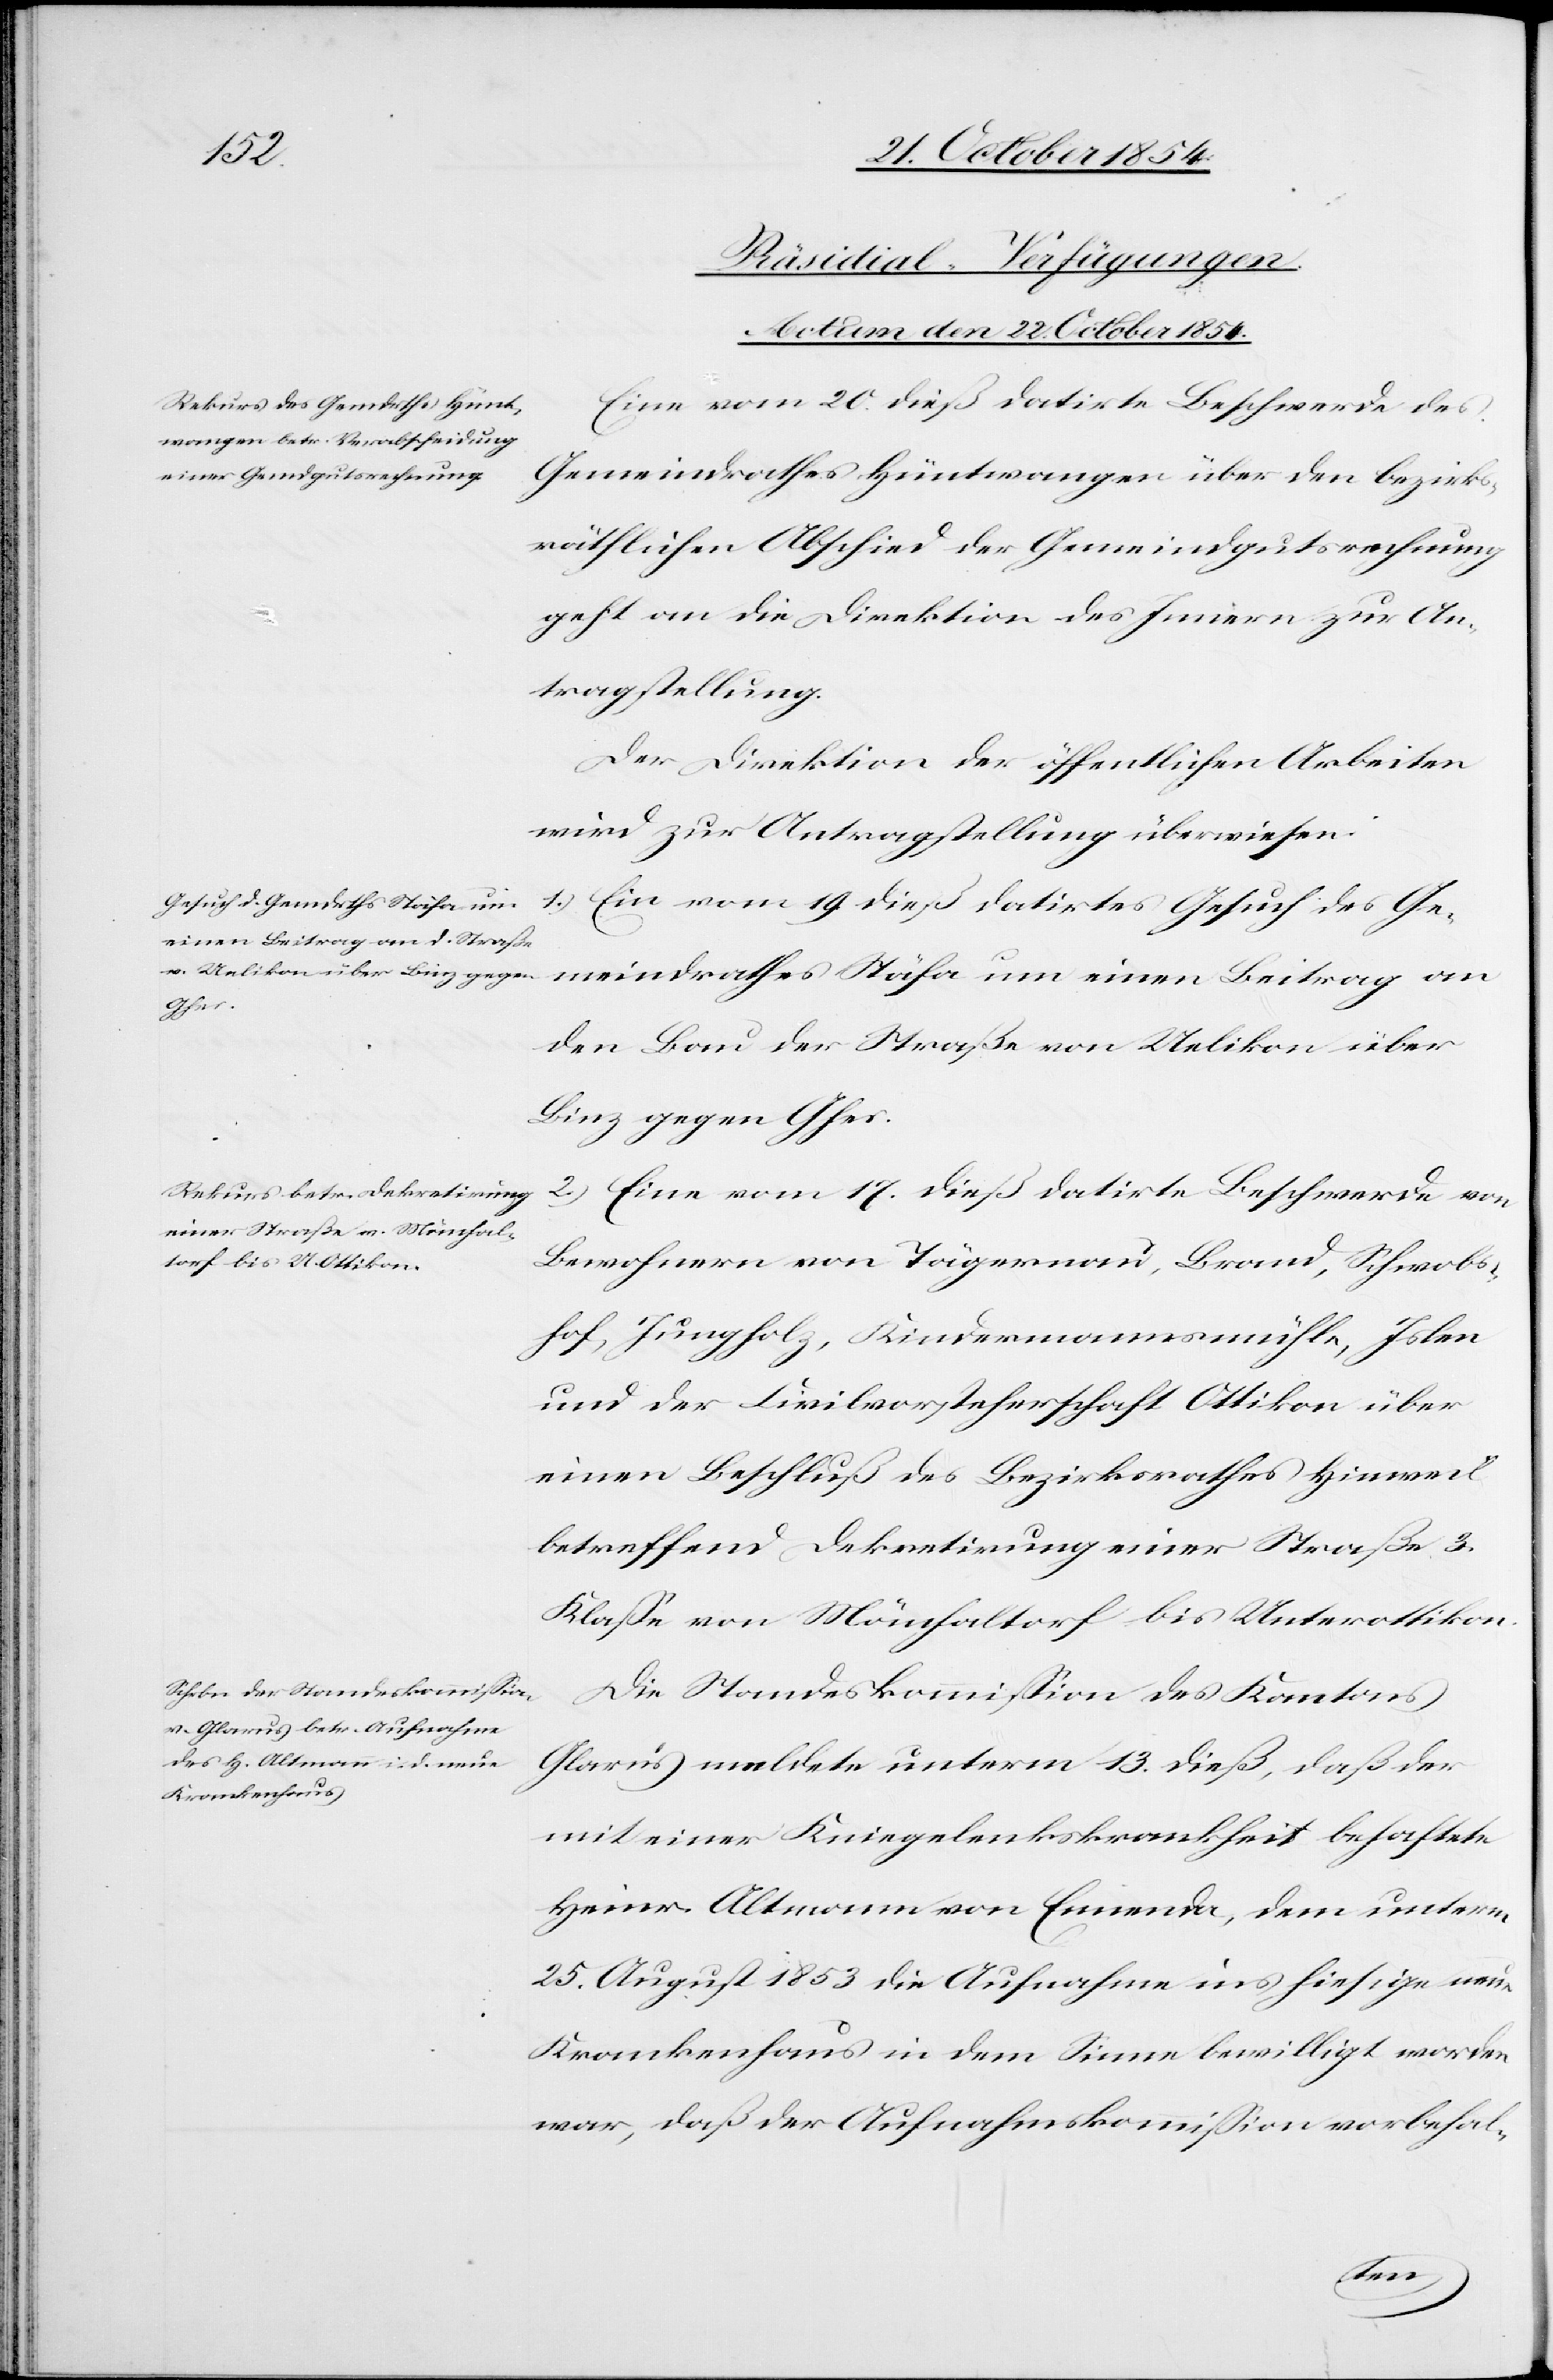
Beitrag
[Präsidial-Verfügungen.
Actum den 22. October 1854.]
Eine vom 20. dieß datirte Beschwerde des
Gemeindrathes Hüntwangen über den bezirks¬
räthlichen Abschied der Gemeindgutsrechnung
geht an die Direktion des Innern zur An¬
tragstellung.
Der Direktion der öffentlichen Arbeiten
wird zur Antragstellung überwiesen:
1.) Ein vom 19. dieß datirtes Gesuch des Ge¬
den Bau der Straße von Uelikon über
Binz gegen Ghes.
2.) Eine vom 17. dieß datirte Beschwerde von
Bewohnern von Tägernau, Brand, Schwobs¬
hof, Jungholz, Kindermannsmühle, Islen
und der Civilvorsteherschaft Ottikon über
einen Beschluß des Bezirksrathes Hinweil
betreffend Dekretirung einer Straße 3.
Klaße von Mönchaltorf bis Unterottikon.
Die Standeskommißion des Kantons
Glarus meldete unterm 13. dieß, daß der
Krankenhaus
mit einer Kniegelenkskrankheit behaftete
Heinr. Altmann von Ennenda, dem unterm
25. August 1853 die Aufnahme ins hiesige neue
war, daß der Aufnahmskommißion vorbehal-